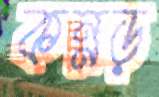
কন্নড়